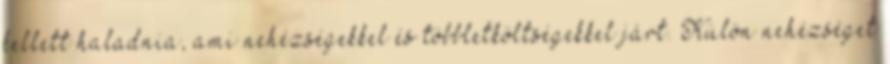
kellett haladnia, ami nehézségekkel és többletköltségekkel járt. Külön nehézséget